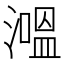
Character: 𰝕